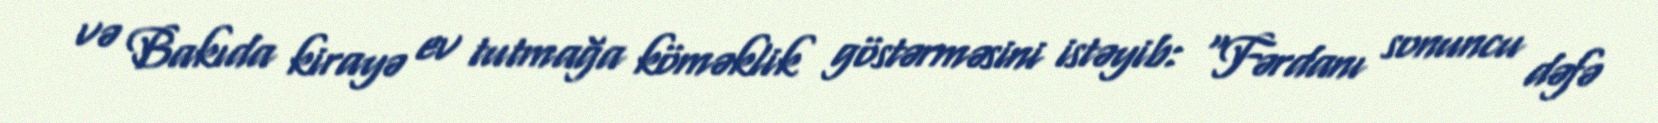
və Bakıda kirayə ev tutmağa köməklik göstərməsini istəyib: “Fərdanı sonuncu dəfə